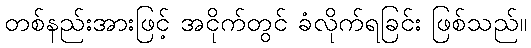
တစ်နည်းအားဖြင့် အငိုက်တွင် ခံလိုက်ရခြင်း ဖြစ်သည်။